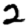
Digit: 2